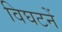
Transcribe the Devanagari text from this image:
विघटनें